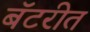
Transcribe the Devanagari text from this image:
बॅटरीत